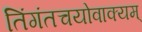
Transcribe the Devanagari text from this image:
तिंगंतचयोवाक्यम्